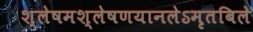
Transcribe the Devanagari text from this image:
श्लेषमश्लेषणयानलेऽमृतबिले